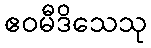
ဧဝမီဒိသေသု